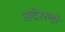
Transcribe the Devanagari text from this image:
अदेरल्दो